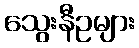
သွေးနီဥများ